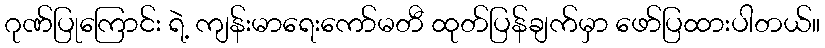
ဂုဏ်ပြုကြောင်း ရဲ့ ကျန်းမာရေးကော်မတီ ထုတ်ပြန်ချက်မှာ ဖော်ပြထားပါတယ်။